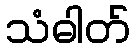
သံဓါတ်